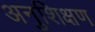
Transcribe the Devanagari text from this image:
अनुशिक्षण